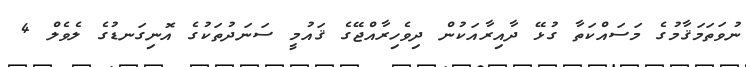
ނުވަތަމަޤާމުގެ މަސައްކަތާ ގުޅޭ ދާއިރާއަކުން ދިވެހިރާއްޖޭގެ ޤައުމީ ސަނަދުތަކުގެ އޮނިގަނޑުގެ ލެވެލް 4